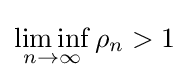
\liminf _{n\to \infty }\rho _{n}>1